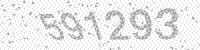
Solution: 591293